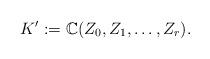
LaTeX: \begin{align*}K':=\mathbb C(Z_0,Z_1,\dots,Z_r).\end{align*}